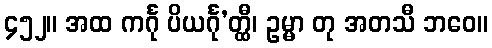
၄၅၂။ အထ ကင်္ဂု ပိယင်္ဂု’တ္ထီ၊ ဥမ္မာ တု အတသီ ဘဝေ။